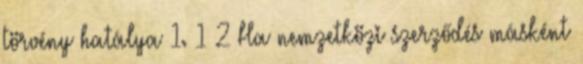
törvény hatálya 1. 1 2 Ha nemzetközi szerződés másként